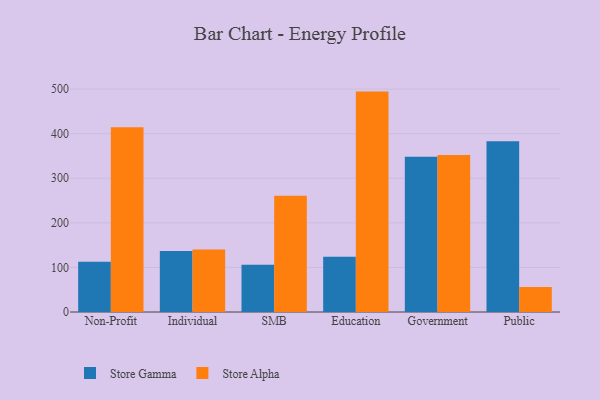
{"axis": {"x": "Segment", "y": "Production Output"}, "legend": ["Store Alpha", "Store Gamma"], "data": [{"x": "Non-Profit", "y": 112.9, "type": "Store Gamma"}, {"x": "Non-Profit", "y": 414.2, "type": "Store Alpha"}, {"x": "Individual", "y": 137.0, "type": "Store Gamma"}, {"x": "Individual", "y": 140.4, "type": "Store Alpha"}, {"x": "SMB", "y": 105.8, "type": "Store Gamma"}, {"x": "SMB", "y": 260.5, "type": "Store Alpha"}, {"x": "Education", "y": 124.1, "type": "Store Gamma"}, {"x": "Education", "y": 494.4, "type": "Store Alpha"}, {"x": "Government", "y": 348.0, "type": "Store Gamma"}, {"x": "Government", "y": 352.3, "type": "Store Alpha"}, {"x": "Public", "y": 382.9, "type": "Store Gamma"}, {"x": "Public", "y": 56.3, "type": "Store Alpha"}]}